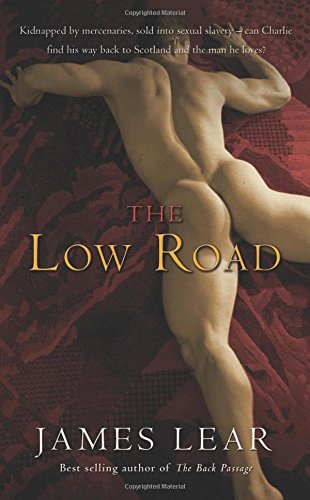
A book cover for The Low Road; James Lear; Romance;